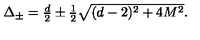
\textstyle \Delta _ { \pm } = \frac d 2 \pm \frac 1 2 \sqrt { ( d - 2 ) ^ { 2 } + 4 M ^ { 2 } } .